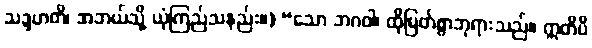
သဒ္ဒဟတိ၊ အဘယ်သို့ ယုံကြည်သနည်း။) “သော ဘဂဝါ၊ ထိုမြတ်စွာဘုရားသည်။ ဣတိပိ